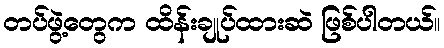
တပ်ဖွဲ့တွေက ထိန်းချုပ်ထားဆဲ ဖြစ်ပါတယ်။